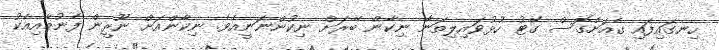
ހިނގައިފައި ގެއަށްގޮސް ގޭޓު ހުޅުވައިލިތަނާ ނިކާން ބޭރަށް ނިކުންނަނީއެވެ. ނިކާންއަށް ނޫރީން ފެނުމާއިއެކު